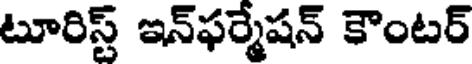
టూరిస్ట్ ఇన్ఫర్మేషన్ కౌంటర్